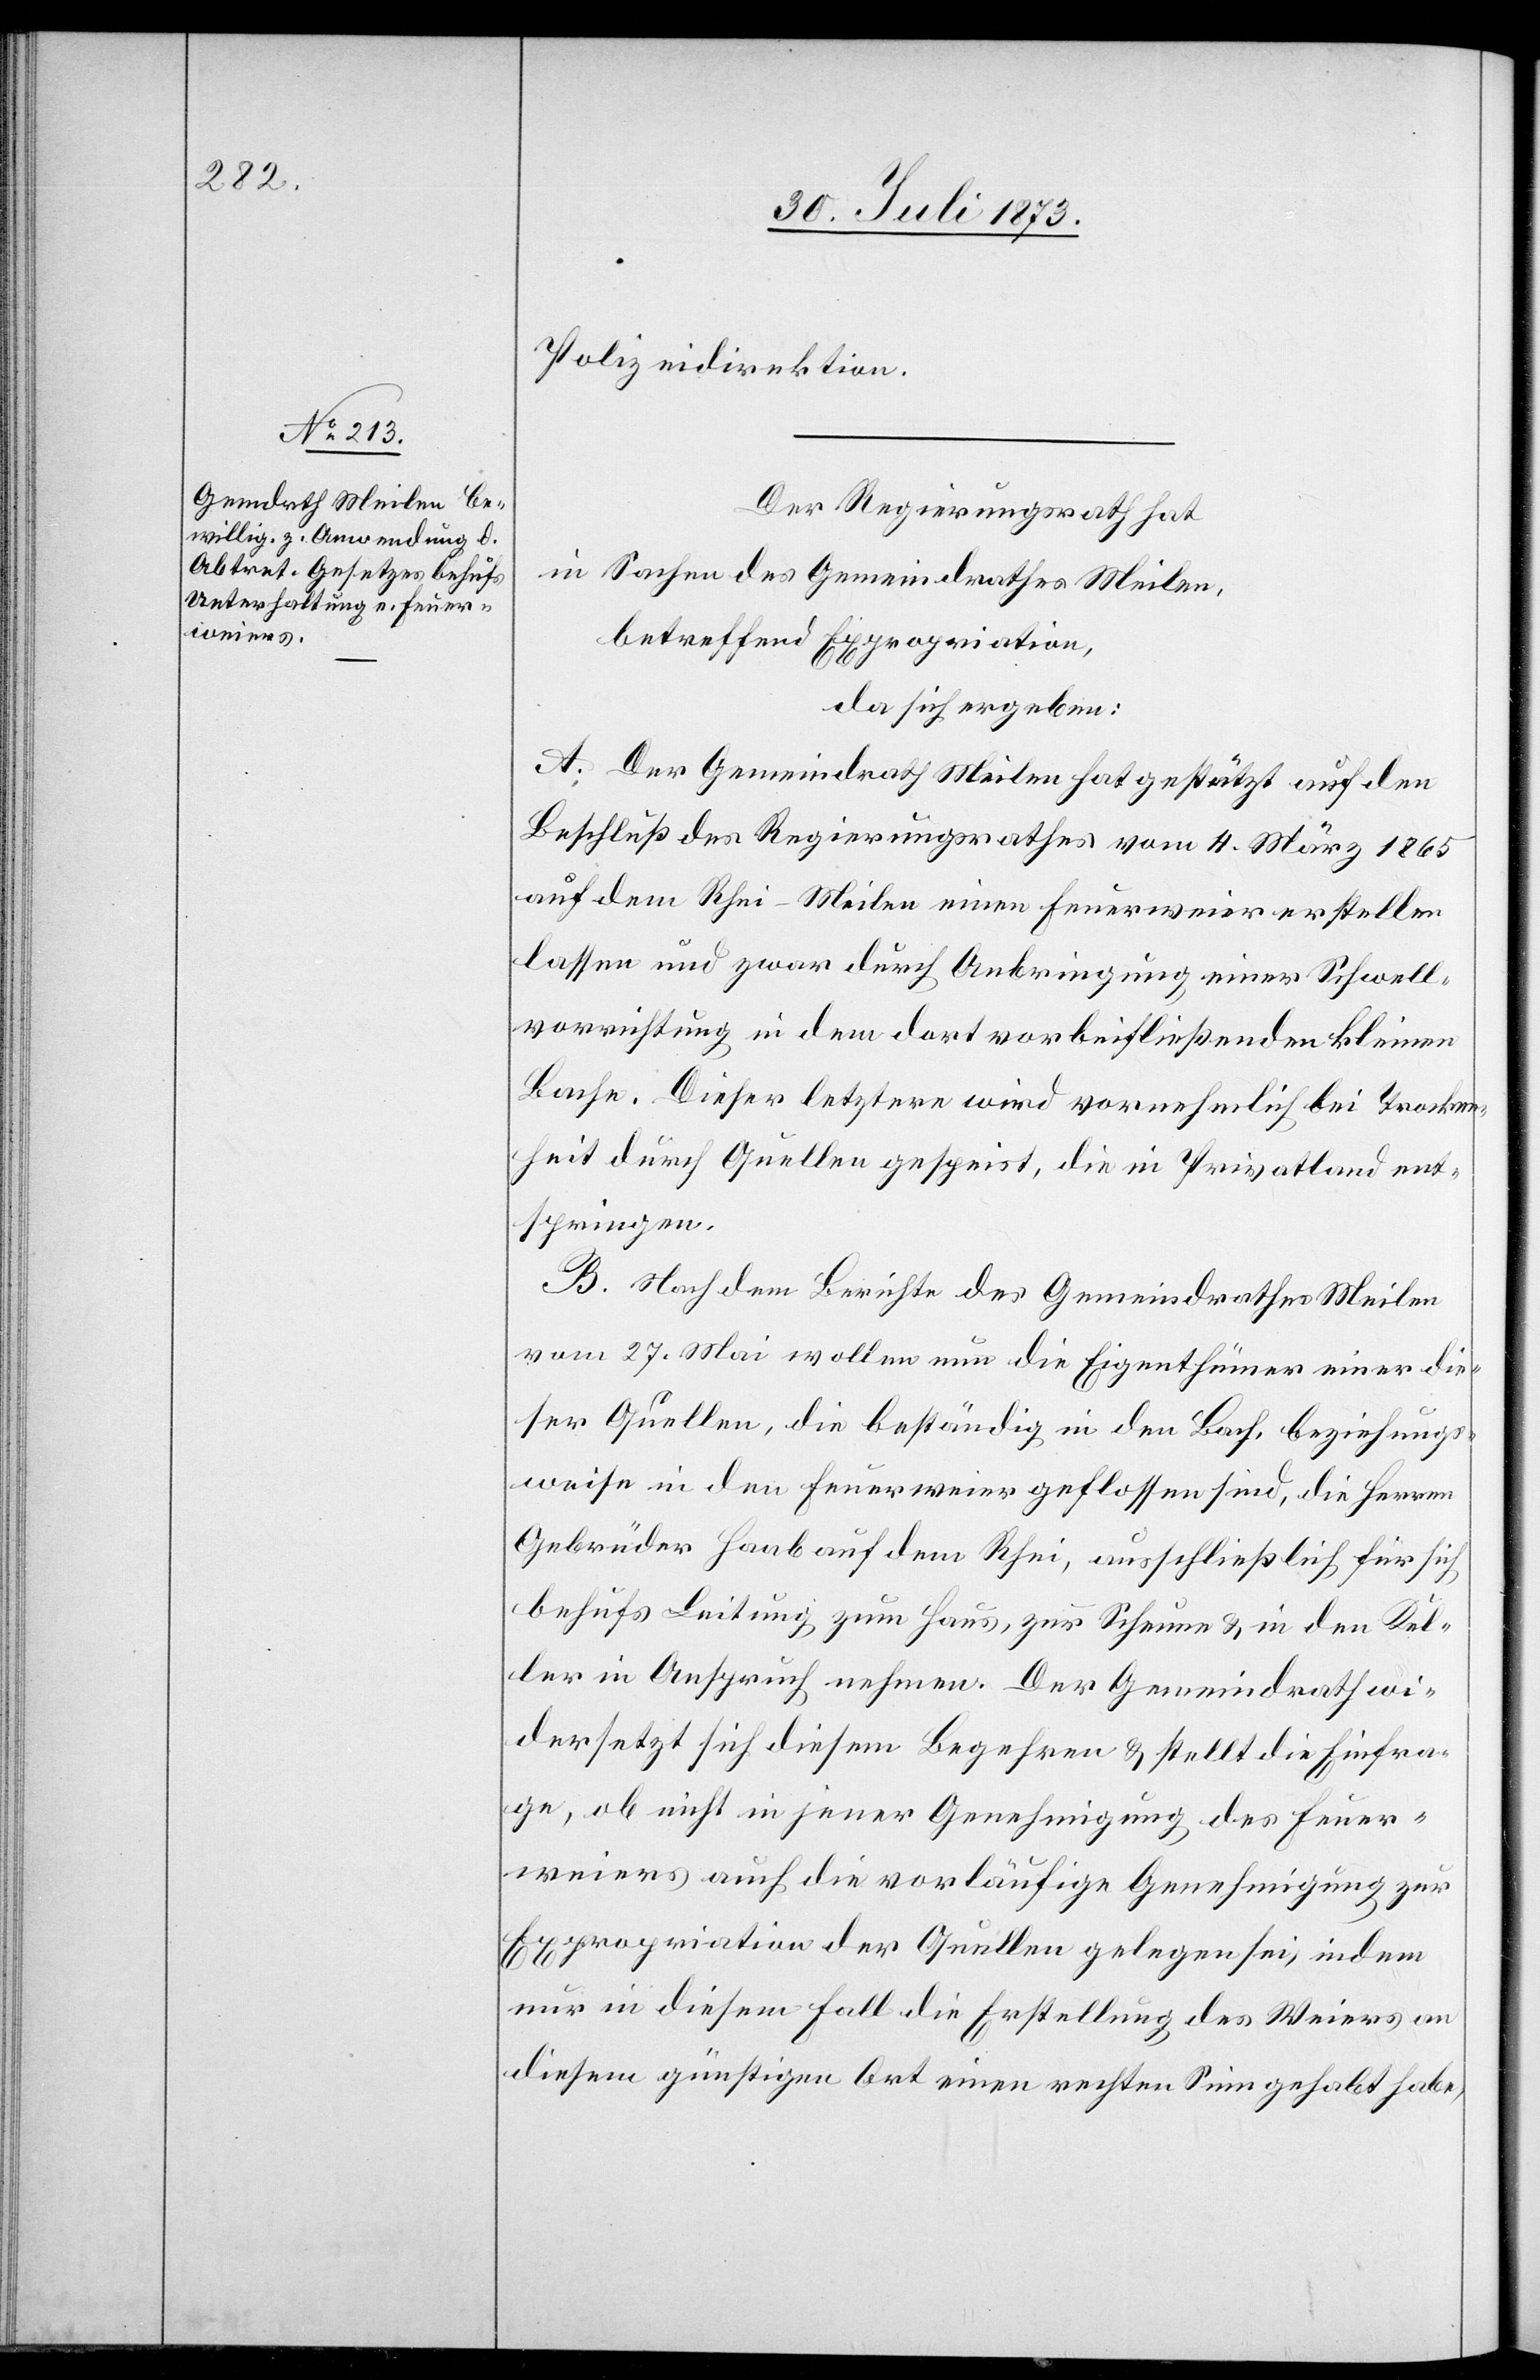
Polizeidirektion.
Der Regierungsrath hat
in Sachen des Gemeindrathes Meilen,
betreffend Expropriation,
da sich ergeben:
A. Der Gemeindrath Meilen hat gestützt auf den
Beschluß des Regierungsrathes vom 4. März 1865
auf dem Rhei-Meilen einen Feuerweier erstellen
lassen und zwar durch Anbringung einer Schwell¬
vorrichtung in dem dort vorbeifließenden kleinen
Bache. Dieser letztere wird vornehmlich bei Trocken¬
heit durch Quellen gespeist, die in Privatland ent¬
springen.
B. Nach dem Berichte des Gemeindrathes Meilen
vom 27. Mai wollen nun die Eigenthümer einer die¬
ser Quellen, die beständig in den Bach, beziehungs¬
weise in den Feuerweier geflossen sind, die Herren
Gebrüder Haab auf dem Rhei, ausschließlich für sich
behufs Leitung zum Haus, zur Scheune & in den Kel¬
ler in Anspruch nehmen. Der Gemeindrath wi¬
dersetzt sich diesem Begehren & stellt die Einfra¬
ge, ob nicht in jener Genehmigung des Feuer¬
weiers auch die vorläufige Genehmigung zur
Expropriation der Quellen gelegen sei, indem
nur in diesem Fall die Erstellung des Weiers an
diesem günstigen Ort einen rechten Sinn gehabt habe,